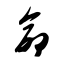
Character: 命